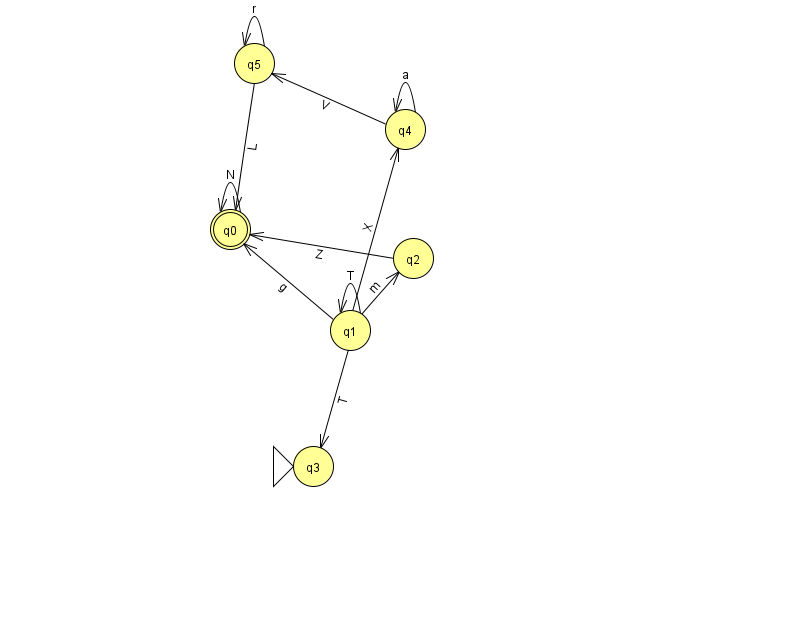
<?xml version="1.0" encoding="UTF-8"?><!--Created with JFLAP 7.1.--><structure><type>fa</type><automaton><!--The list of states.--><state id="0" name="q0"><x>230.0</x><y>216.0</y><final/></state><state id="1" name="q1"><x>350.0</x><y>317.0</y></state><state id="2" name="q2"><x>413.0</x><y>245.0</y></state><state id="3" name="q3"><x>313.0</x><y>453.0</y><initial/></state><state id="4" name="q4"><x>405.0</x><y>116.0</y></state><state id="5" name="q5"><x>254.0</x><y>50.0</y></state><!--The list of transitions.--><transition><from>4</from><to>5</to><read>V</read></transition><transition><from>4</from><to>4</to><read>a</read></transition><transition><from>5</from><to>5</to><read>r</read></transition><transition><from>1</from><to>1</to><read>T</read></transition><transition><from>1</from><to>2</to><read>m</read></transition><transition><from>5</from><to>0</to><read>L</read></transition><transition><from>1</from><to>0</to><read>g</read></transition><transition><from>1</from><to>4</to><read>X</read></transition><transition><from>2</from><to>0</to><read>Z</read></transition><transition><from>0</from><to>0</to><read>N</read></transition><transition><from>1</from><to>3</to><read>T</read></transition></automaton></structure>